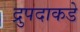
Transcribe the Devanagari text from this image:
द्रुपदाकडे